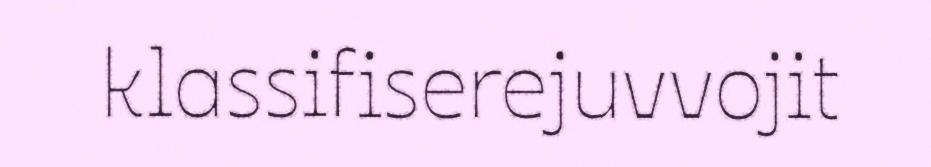
klassifiserejuvvojit